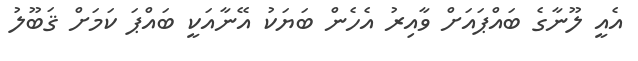
އެއީ ލޫނާގެ ބައްޕައަށް ވާއިރު އެހެން ބަޔަކު އޭނާއަކީ ބައްޕަ ކަމަށް ޤަބޫލު